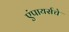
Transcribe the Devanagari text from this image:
एंपायर्सचे